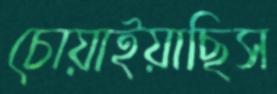
চোয়াইয়াছিস